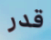
قدر